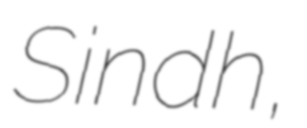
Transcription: Sindh,